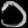
Digit: ၁